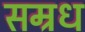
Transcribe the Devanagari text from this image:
सम्रध